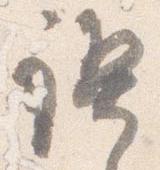
禊